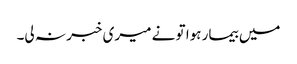
میں بیمار ہوا تو نے میری خبر نہ لی۔